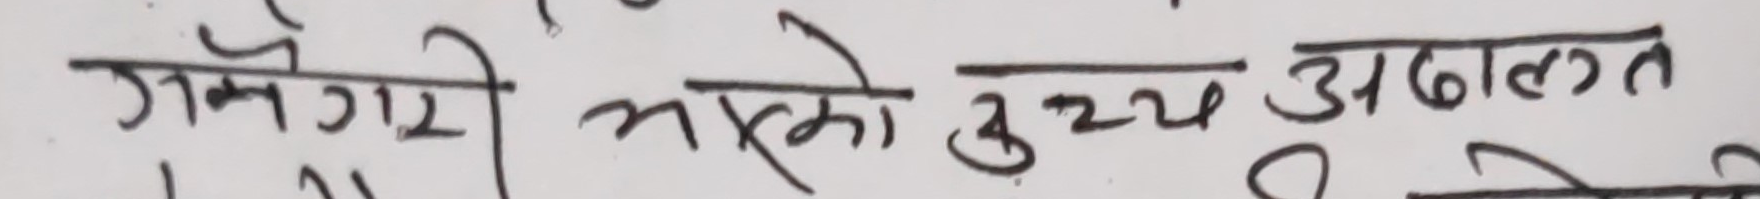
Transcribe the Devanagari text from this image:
गैमगरी भएको उच्च अदालत